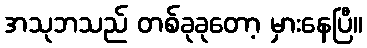
အသုဘသည် တစ်ခုခုတော့ မှားနေပြီ။